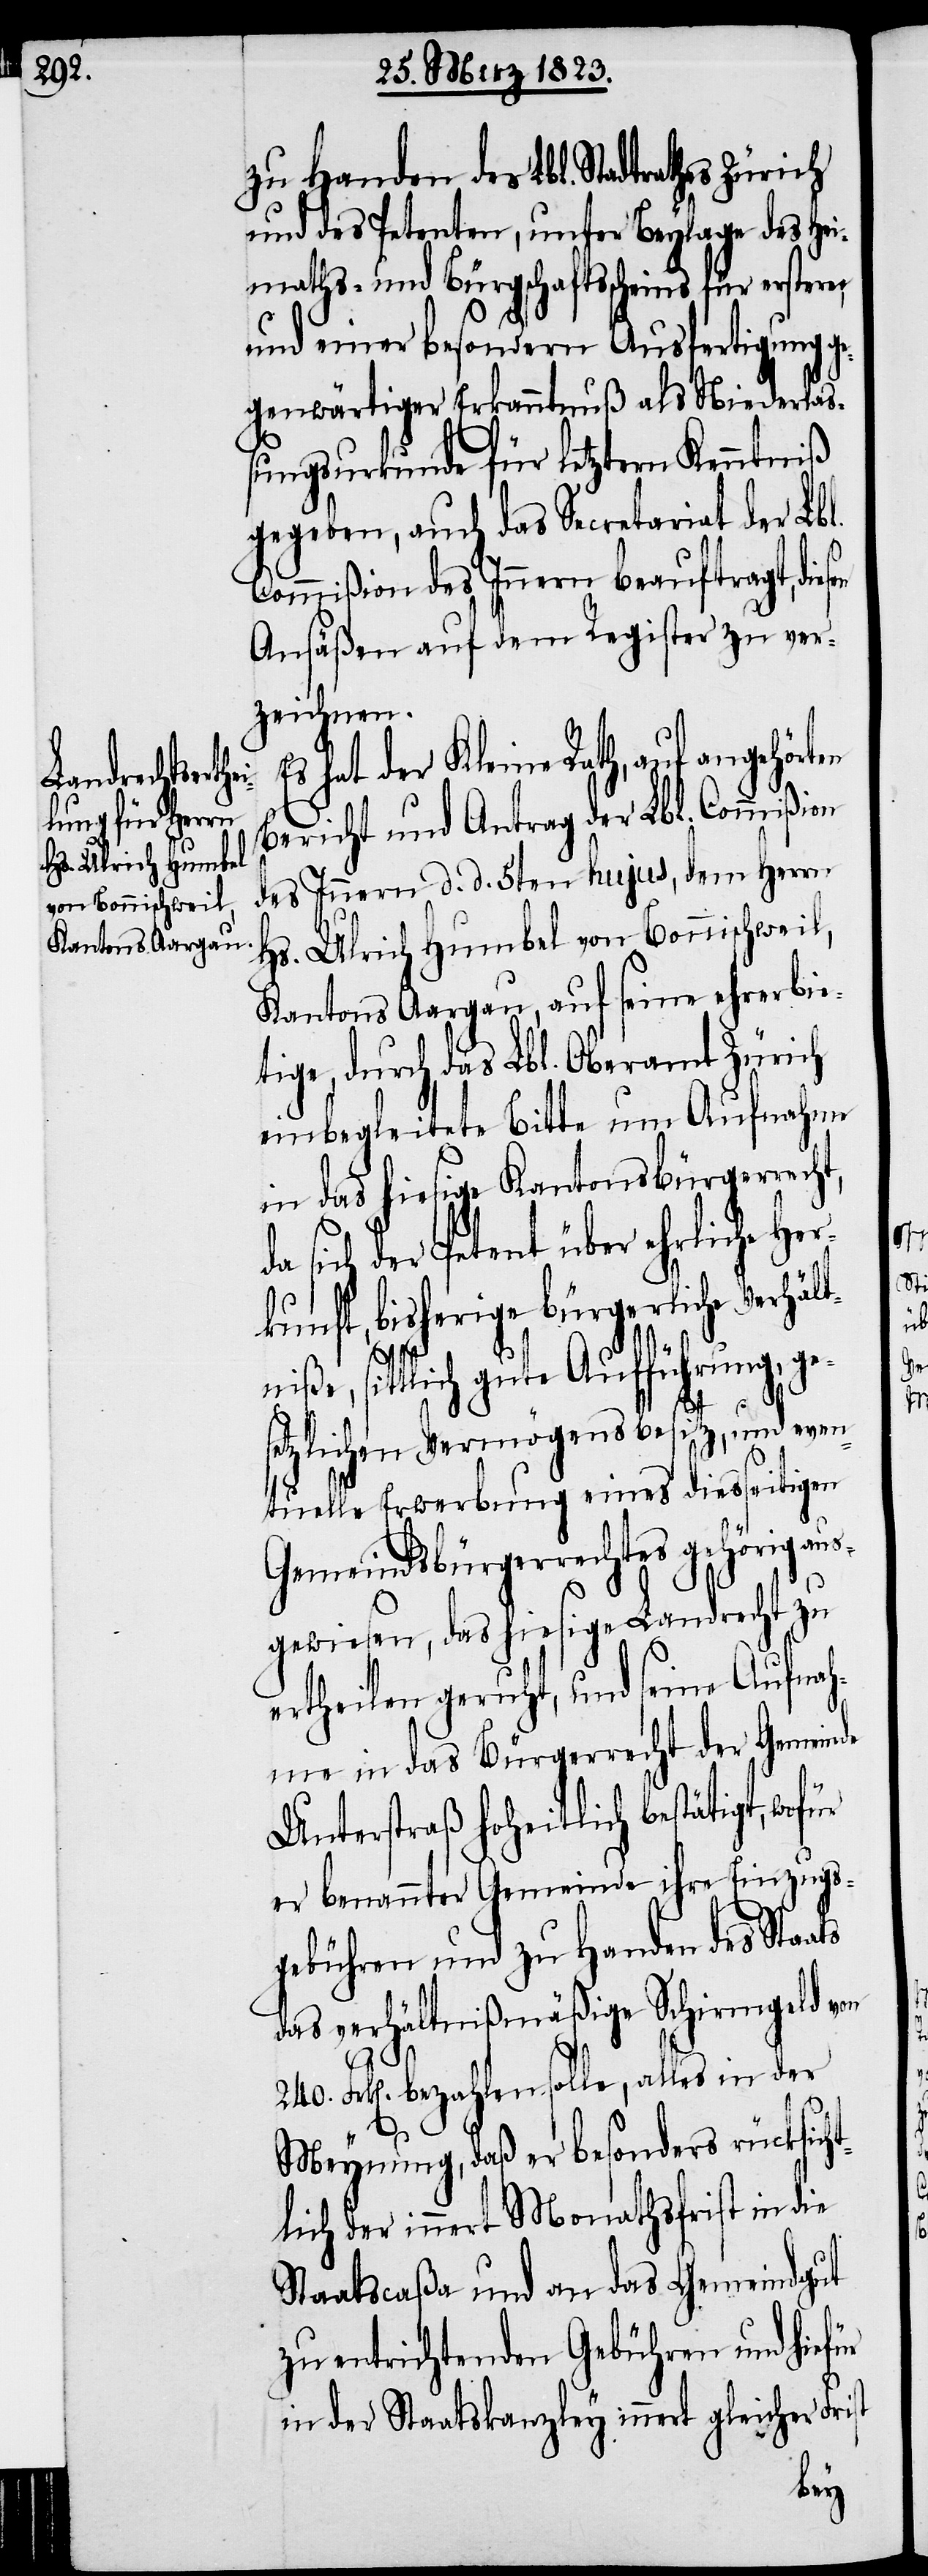
zu Handen des Lbl. Stadtrathes Zürich
und des Petenten, unter Beylage des Hei¬
maths- und Bürgschaftsscheins für erstern,
und einer besondern Ausfertigung ge¬
genwärtiger Erkanntnuß als Niederlaß¬
ungsurkunde für letztern Kenntniß
gegeben, auch das Secretariat der Lbl.
Commißion des Innern beauftragt, dies¬
Ansäßen auf dem Register zu ver¬
zeichnen.
hat der Kleine Rath, auf angehör¬
Bericht und Antrag der Lbl. Commißion
des Innern d. d. 5ten hujus, dem Herrn
Hs. Ulrich Humbel von Bonnischweil,
Kantons Aargau, auf seine ehrerbie¬
tige, durch das Lbl. Oberamt Zürich
einbegleitete Bitte um Aufnahme
in das hiesige Kantonsbürgerrecht,
da sich der Petent über ehrliche Her¬
kunft, bisherige bürgerliche Verhält¬
st
niße, sittlich gute Aufführung, ge¬
setzlichen Vermögensbesitz, und even¬
tuelle Erwerbung eines diesseitigen
Gemeindsbürgerrechtes gehörig aus¬
gewiesen, das hiesige Landrecht zu
ertheilen geruht, und seine Aufnah¬
me in das Bürgerrecht der Gemeinde
Unterstraß hoheitlich bestätigt, wof¬
er benannter Gemeinde ihre Einzugs¬
gebühren und zu Handen des Staa¬
das verhältnißmäßige Schirmgeld von
240. Frk[en]. bezahlen solle, alles in der
Meynung, daß er besonders rücksich¬
tlich der innert Monathsfrist in die
Staatscaßa und an das Gemeindgut
zu entrichtenden Gebühren und hiefür
in der Staatskanzley innert gleicher Fri¬
ten